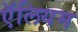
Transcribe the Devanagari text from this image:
ऍलियम